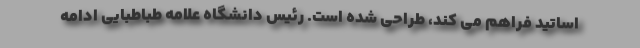
اساتید فراهم می کند، طراحی شده است. رئیس دانشگاه علامه طباطبایی ادامه